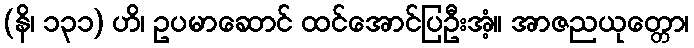
(နိ၊ ၁၃၁) ဟိ၊ ဥပမာဆောင် ထင်အောင်ပြဦးအံ့။ အာဇညယုတ္တော၊